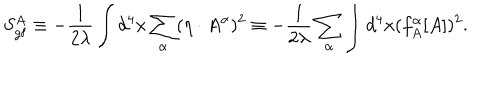
LaTeX: S _ { \mathrm { g f } } ^ { A } \equiv - { \frac { 1 } { 2 \lambda } } \int d ^ { 4 } x \sum _ { \alpha } ( \eta \cdot A ^ { \alpha } ) ^ { 2 } \equiv - { \frac { 1 } { 2 \lambda } } \sum _ { \alpha } \int d ^ { 4 } x ( f _ { A } ^ { \alpha } [ A ] ) ^ { 2 } .